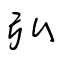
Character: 弘